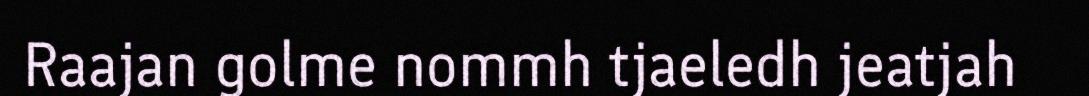
Raajan golme nommh tjaeledh jeatjah